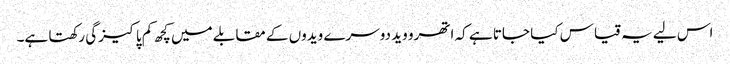
اس لیے یہ قیاس کیا جاتا ہے کہ اتھرو وید دوسرے ویدوں کے مقابلے میں کچھ کم پاکیزگی رکھتا ہے۔